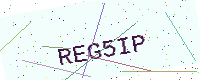
Text: REG5IP